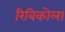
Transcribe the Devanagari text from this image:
रिबिकोला